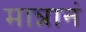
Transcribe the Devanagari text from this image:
मान्नानं